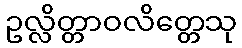
ဥလ္လိတ္တာဝလိတ္တေသု